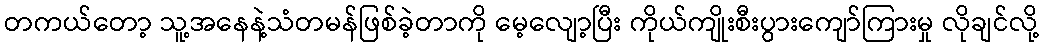
တကယ်တော့ သူ့အနေနဲ့သံတမန်ဖြစ်ခဲ့တာကို မေ့လျော့ပြီး ကိုယ်ကျိုးစီးပွားကျော်ကြားမှု လိုချင်လို့